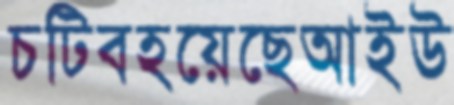
চটিবহয়েছেআইউ